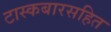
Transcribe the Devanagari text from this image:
टास्कबारसहित